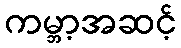
ကမ္ဘာ့အဆင့်